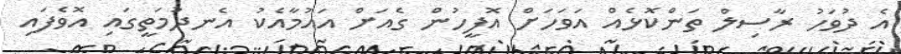
އެ ދުވަހު ރާސިލް ތަންކޮޅެއް އަވަހަށް އޮފީހުން ގެއަށް އައުމާއެކު އެނދުމަތީގައި އޮވެފައި